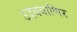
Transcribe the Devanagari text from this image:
उदयवाणिर